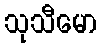
သုသီမော